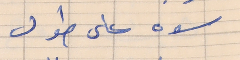
سوه على طول